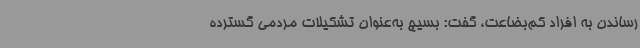
رساندن به افراد کم‌بضاعت، گفت: بسیج به‌عنوان تشکیلات مردمی گسترده